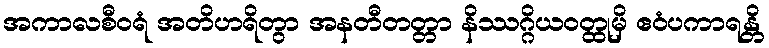
အကာလစီဝရံ အတိဟရိတွာ အနတီတတ္တာ နိဿဂ္ဂိယဝတ္ထုမှိ ဧဝံပကာရန္တိ